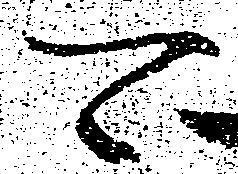
可